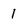
Character: 1